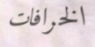
الخرافات